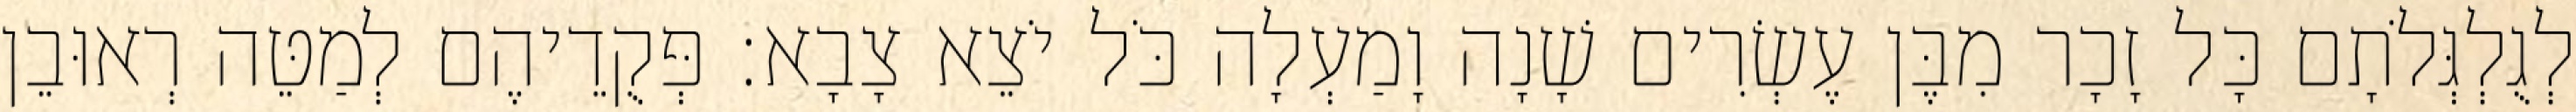
לְגֻלְגְּלֹתָם כָּל זָכָר מִבֶּן עֶשְׂרִים שָׁנָה וָמַעְלָה כֹּל יֹצֵא צָבָא׃ פְּקֻדֵיהֶם לְמַטֵּה רְאוּבֵן